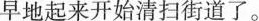
早地起来开始清扫街道了。